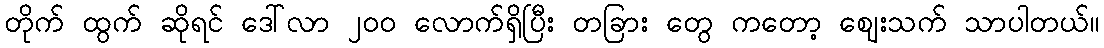
တိုက် ထွက် ဆိုရင် ဒေါ်လာ ၂၀၀ လောက်ရှိပြီး တခြား တွေ ကတော့ ဈေးသက် သာပါတယ်။